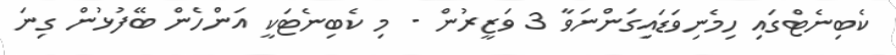
ކެބިނެޓްގައި ހިމެނިވަޑައިގަންނަވާ 3 ވަޒީރުން - މި ކެބިނެޓަކީ އަންހެން ބޭފުޅުން ގިނަ